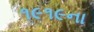
૧૯૧૯ના